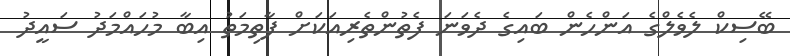
ބޭސިކް ލެވެލްގެ އަންހެން ބައިގެ ދެވަނަ ފެތުންތެރިއަކަށް ފާތިމަތު އިބާ މުހައްމަދު ސައީދު